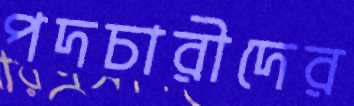
পদচারীদের